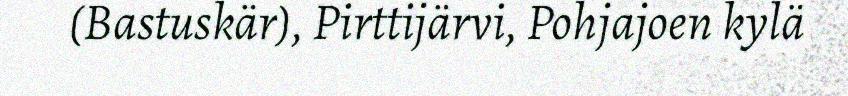
(Bastuskär), Pirttijärvi, Pohjajoen kylä